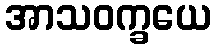
အာသဝက္ခယေ